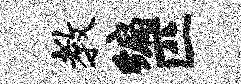
教编匹